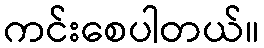
ကင်းစေပါတယ်။